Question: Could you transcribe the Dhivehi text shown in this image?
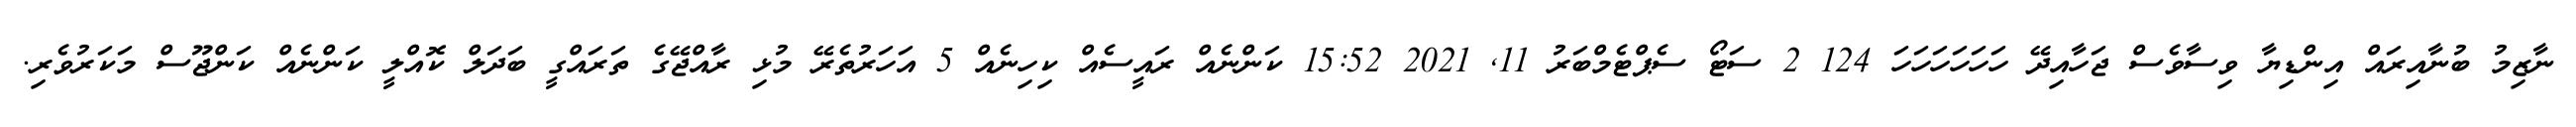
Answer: ނާޒިމު ބުނާއިރައް އިންޑިޔާ ވިސާވެސް ޖަހާއިދޭ ހަހަހަހަހަހަ 124 2 ސަޓޯ ސެޕްޓެމްބަރު 11, 2021 15:52 ކަންނެއް ރައީސެއް ކިހިނެއް 5 އަހަރުތެރޭ މުޅި ރާއްޖޭގެ ތަރައްގީ ބަދަލް ކޮއްލީ ކަންނެއް ކަންޖޫސް މަކަރުވެރި.